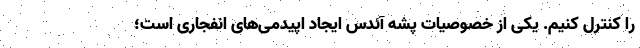
را کنترل کنیم. یکی از خصوصیات پشه آئدس ایجاد اپیدمی‌های انفجاری است؛